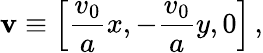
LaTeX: \mathbf{v}\equiv\left[\frac{v_{0}}{a}x,-\frac{v_{0}}{a}y,0\right]\, ,